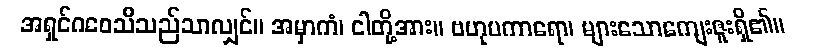
အရှင်ဂဝေသီသည်သာလျှင်။ အမှာကံ၊ ငါတို့အား။ ဗဟုပကာရော၊ များသောကျေးဇူးရှိ၏။